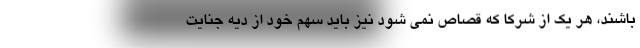
باشند، هر یک از شرکا که قصاص نمی شود نیز باید سهم خود از دیه جنایت